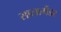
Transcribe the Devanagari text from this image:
सालामैंडर